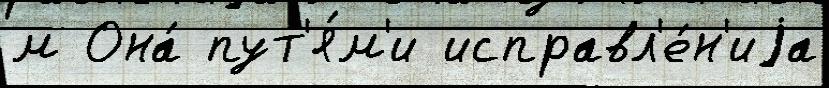
м Она́ пут'я́м'и исправл'е́н'иjа